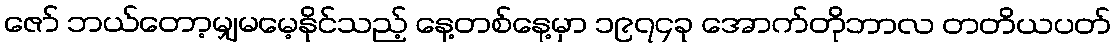
ဇော် ဘယ်တော့မျှမမေ့နိုင်သည့် နေ့တစ်နေ့မှာ ၁၉၇၄ခု အောက်တိုဘာလ တတိယပတ်